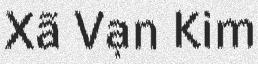
Xã Vạn Kim